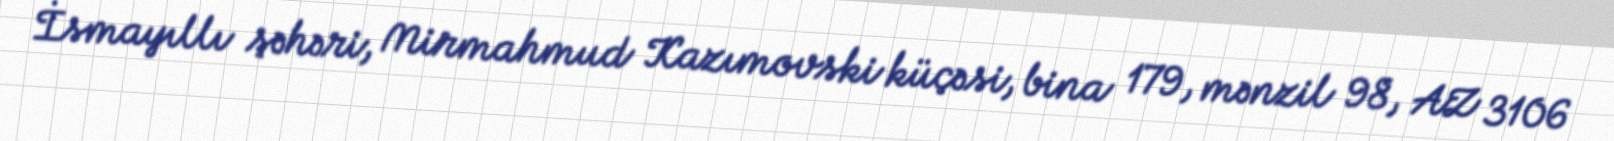
İsmayıllı şəhəri, Mirmahmud Kazımovski küçəsi, bina 179, mənzil 98, AZ 3106